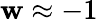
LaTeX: \mathbf{w}\approx-1